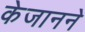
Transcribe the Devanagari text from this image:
केजानने